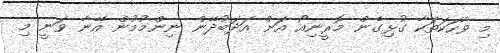
މި ވާހަކަތަކާ ގުޅިގެން މޮރީނިއޯ އަށް އަދަބުދޭން ނިންމުމުން އޭނާ ވަނީ މި